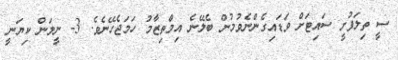
ސީ ތިލަފުށީ ސައިޓަށް ވަޑައިގެންނެވުމުން ބެލޭނެ އިމްތިޒާމު ހަމަޖެހޭނެެވެ. 3- ނީލަން ކިޔަނީ